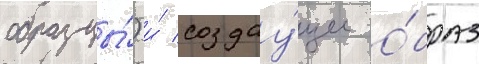
образцы́) и́ создау́щее о́браз